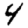
Digit: 4